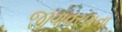
જીવાવરણના